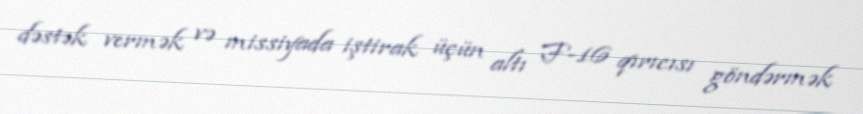
dəstək vermək və missiyada iştirak üçün altı F-16 qırıcısı göndərmək